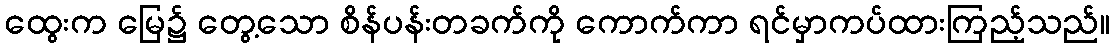
ထွေးက မြေ၌ တွေ့သော စိန်ပန်းတခက်ကို ကောက်ကာ ရင်မှာကပ်ထားကြည့်သည်။